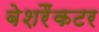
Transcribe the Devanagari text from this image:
बेशरैंकटर